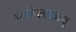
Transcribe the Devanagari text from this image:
परमेलकावु